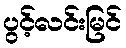
ပွင့်လင်းမြင်